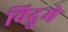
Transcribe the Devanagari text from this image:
विद्रुमे